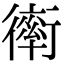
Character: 𧗿